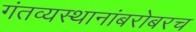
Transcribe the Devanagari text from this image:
गंतव्यस्थानांबरोबरच